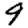
Digit: 9